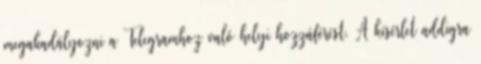
megakadályozni a Telegramhoz való helyi hozzáférést. A kísérlet addigra